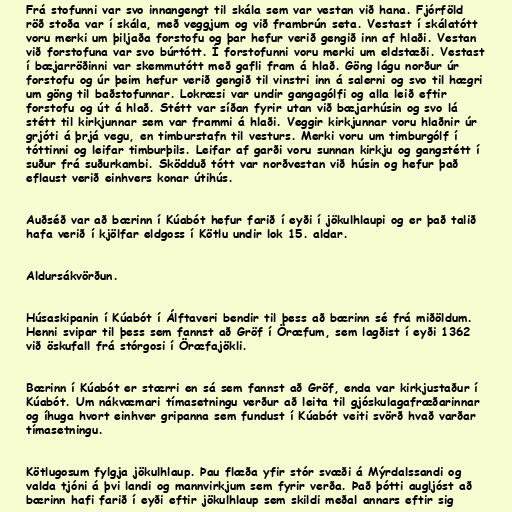
Frá stofunni var svo innangengt til skála sem var vestan við hana. Fjórföld
röð stoða var í skála, með veggjum og við frambrún seta. Vestast í skálatótt
voru merki um þiljaða forstofu og þar hefur verið gengið inn af hlaði. Vestan
við forstofuna var svo búrtótt. Í forstofunni voru merki um eldstæði. Vestast
í bæjarröðinni var skemmutótt með gafli fram á hlað. Göng lágu norður úr
forstofu og úr þeim hefur verið gengið til vinstri inn á salerni og svo til hægri
um göng til baðstofunnar. Lokræsi var undir gangagólfi og alla leið eftir
forstofu og út á hlað. Stétt var síðan fyrir utan við bæjarhúsin og svo lá
stétt til kirkjunnar sem var frammi á hlaði. Veggir kirkjunnar voru hlaðnir úr
grjóti á þrjá vegu, en timburstafn til vesturs. Merki voru um timburgólf í
tóttinni og leifar timburþils. Leifar af garði voru sunnan kirkju og gangstétt í
suður frá suðurkambi. Sködduð tótt var norðvestan við húsin og hefur það
eflaust verið einhvers konar útihús.

Auðséð var að bærinn í Kúabót hefur farið í eyði í jökulhlaupi og er það talið
hafa verið í kjölfar eldgoss í Kötlu undir lok 15. aldar.

Aldursákvörðun.

Húsaskipanin í Kúabót í Álftaveri bendir til þess að bærinn sé frá miðöldum.
Henni svipar til þess sem fannst að Gröf í Öræfum, sem lagðist í eyði 1362
við öskufall frá stórgosi í Öræfajökli.

Bærinn í Kúabót er stærri en sá sem fannst að Gröf, enda var kirkjustaður í
Kúabót. Um nákvæmari tímasetningu verður að leita til gjóskulagafræðarinnar
og íhuga hvort einhver gripanna sem fundust í Kúabót veiti svörð hvað varðar
tímasetningu.

Kötlugosum fylgja jökulhlaup. Þau flæða yfir stór svæði á Mýrdalssandi og
valda tjóni á þvi landi og mannvirkjum sem fyrir verða. Það þótti augljóst að
bærinn hafi farið í eyði eftir jökulhlaup sem skildi meðal annars eftir sig